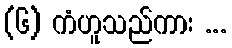
(၆) ကံဟူသည်ကား ...